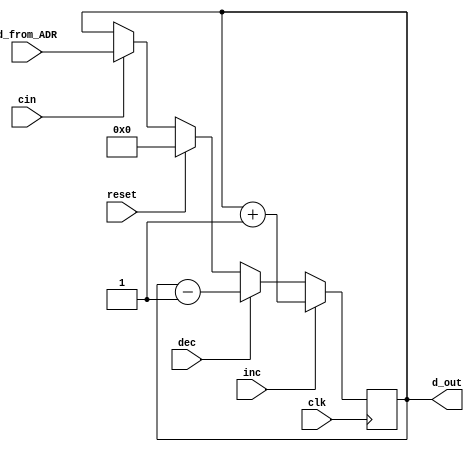
module reg_AWG_AWT (clk, inc, dec, reset, d_out,d_from_ADR,cin);

input clk, inc, dec, reset,cin;
input [8:0] d_from_ADR;
output reg [8:0] d_out = 9'd0;

always @ (posedge clk)
begin

    if(inc)         d_out <= d_out+1;
    else if(dec)    d_out <= d_out-1;
    else if(reset)  d_out <= 9'd0;
	 else if (cin)   d_out <= d_from_ADR;
	 
end

endmodule